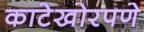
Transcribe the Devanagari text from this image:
काटेखोरपणे